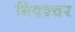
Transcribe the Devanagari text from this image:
मिक्‍श्‍चर